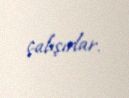
çalışırlar.